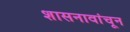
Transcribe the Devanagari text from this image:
शासनावांचून